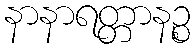
နာနာရတ္တာနဉ္စ